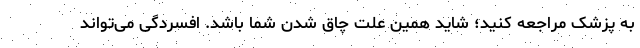
به پزشک مراجعه کنید؛ شاید همین علت چاق شدن شما باشد. افسردگی می‌تواند